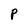
Character: P